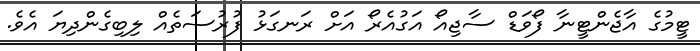
ޓީމުގެ އާޖެންޓީނާ ފޯވަޑް ސާޖިއޯ އަގުއެރޯ އަށް ރަނގަޅު ފުރުސަތެއް ލިބިގެންދިޔަ އެވެ.